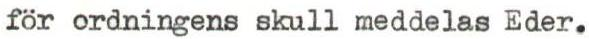
för ordningens skull meddelas Eder.